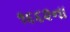
૧૬૬૨ના